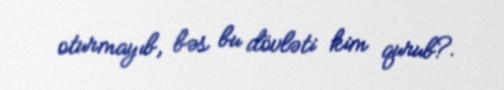
oturmayıb, bəs bu dövləti kim qurub?.